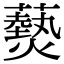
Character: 𤑔